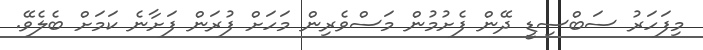
މިފަހަރު ސަބްސިޑީ ދޭން ފެށުމުން މަސްވެރިން މަހަށް ފުރަން ފަށާނެ ކަމަށް ބެލެވޭ.